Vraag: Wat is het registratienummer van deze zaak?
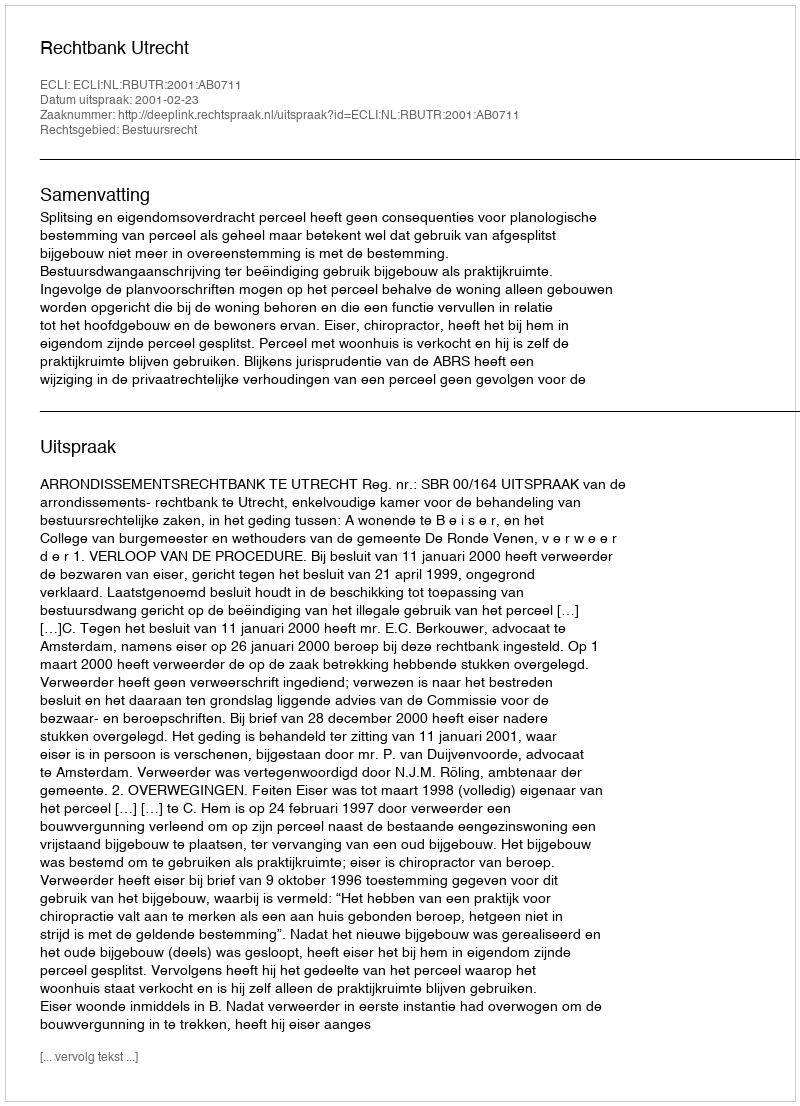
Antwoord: http://deeplink.rechtspraak.nl/uitspraak?id=ECLI:NL:RBUTR:2001:AB0711